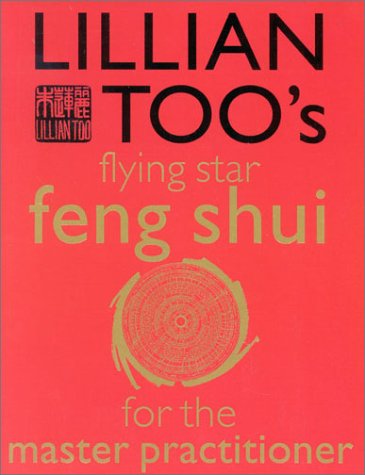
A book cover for Lillian Too's Flying Star Feng Shui for the Master Practitioner: The Ultimate Guide to Advanced Practice  Feng Shui: Stage II (Lillian Too's Feng Shui in Small Doses); Lillian Too; Religion & Spirituality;